Insane asylums Bombay 1873-77 - 1873-1877
Year: 1873
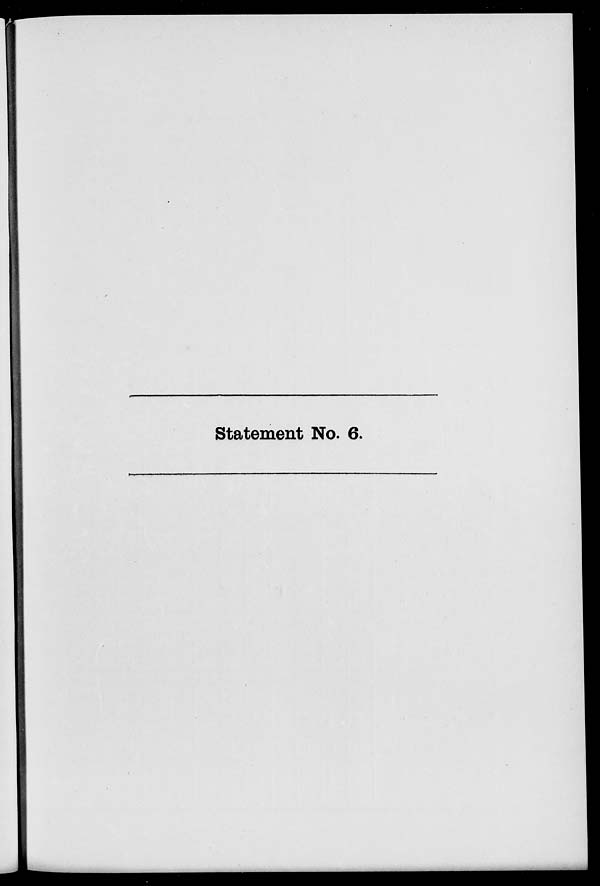
Statement No. 6.